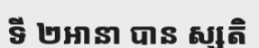
ទី ២អានា បាន ស្សតិ